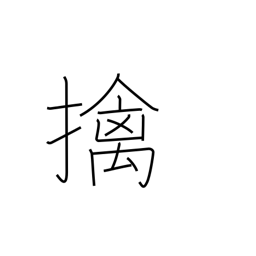
Meaning: a captive